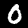
Digit: 0